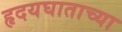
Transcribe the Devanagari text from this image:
हृदयघाताच्या